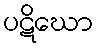
ပဋိဃော